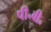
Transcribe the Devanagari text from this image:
पी॰बी॰